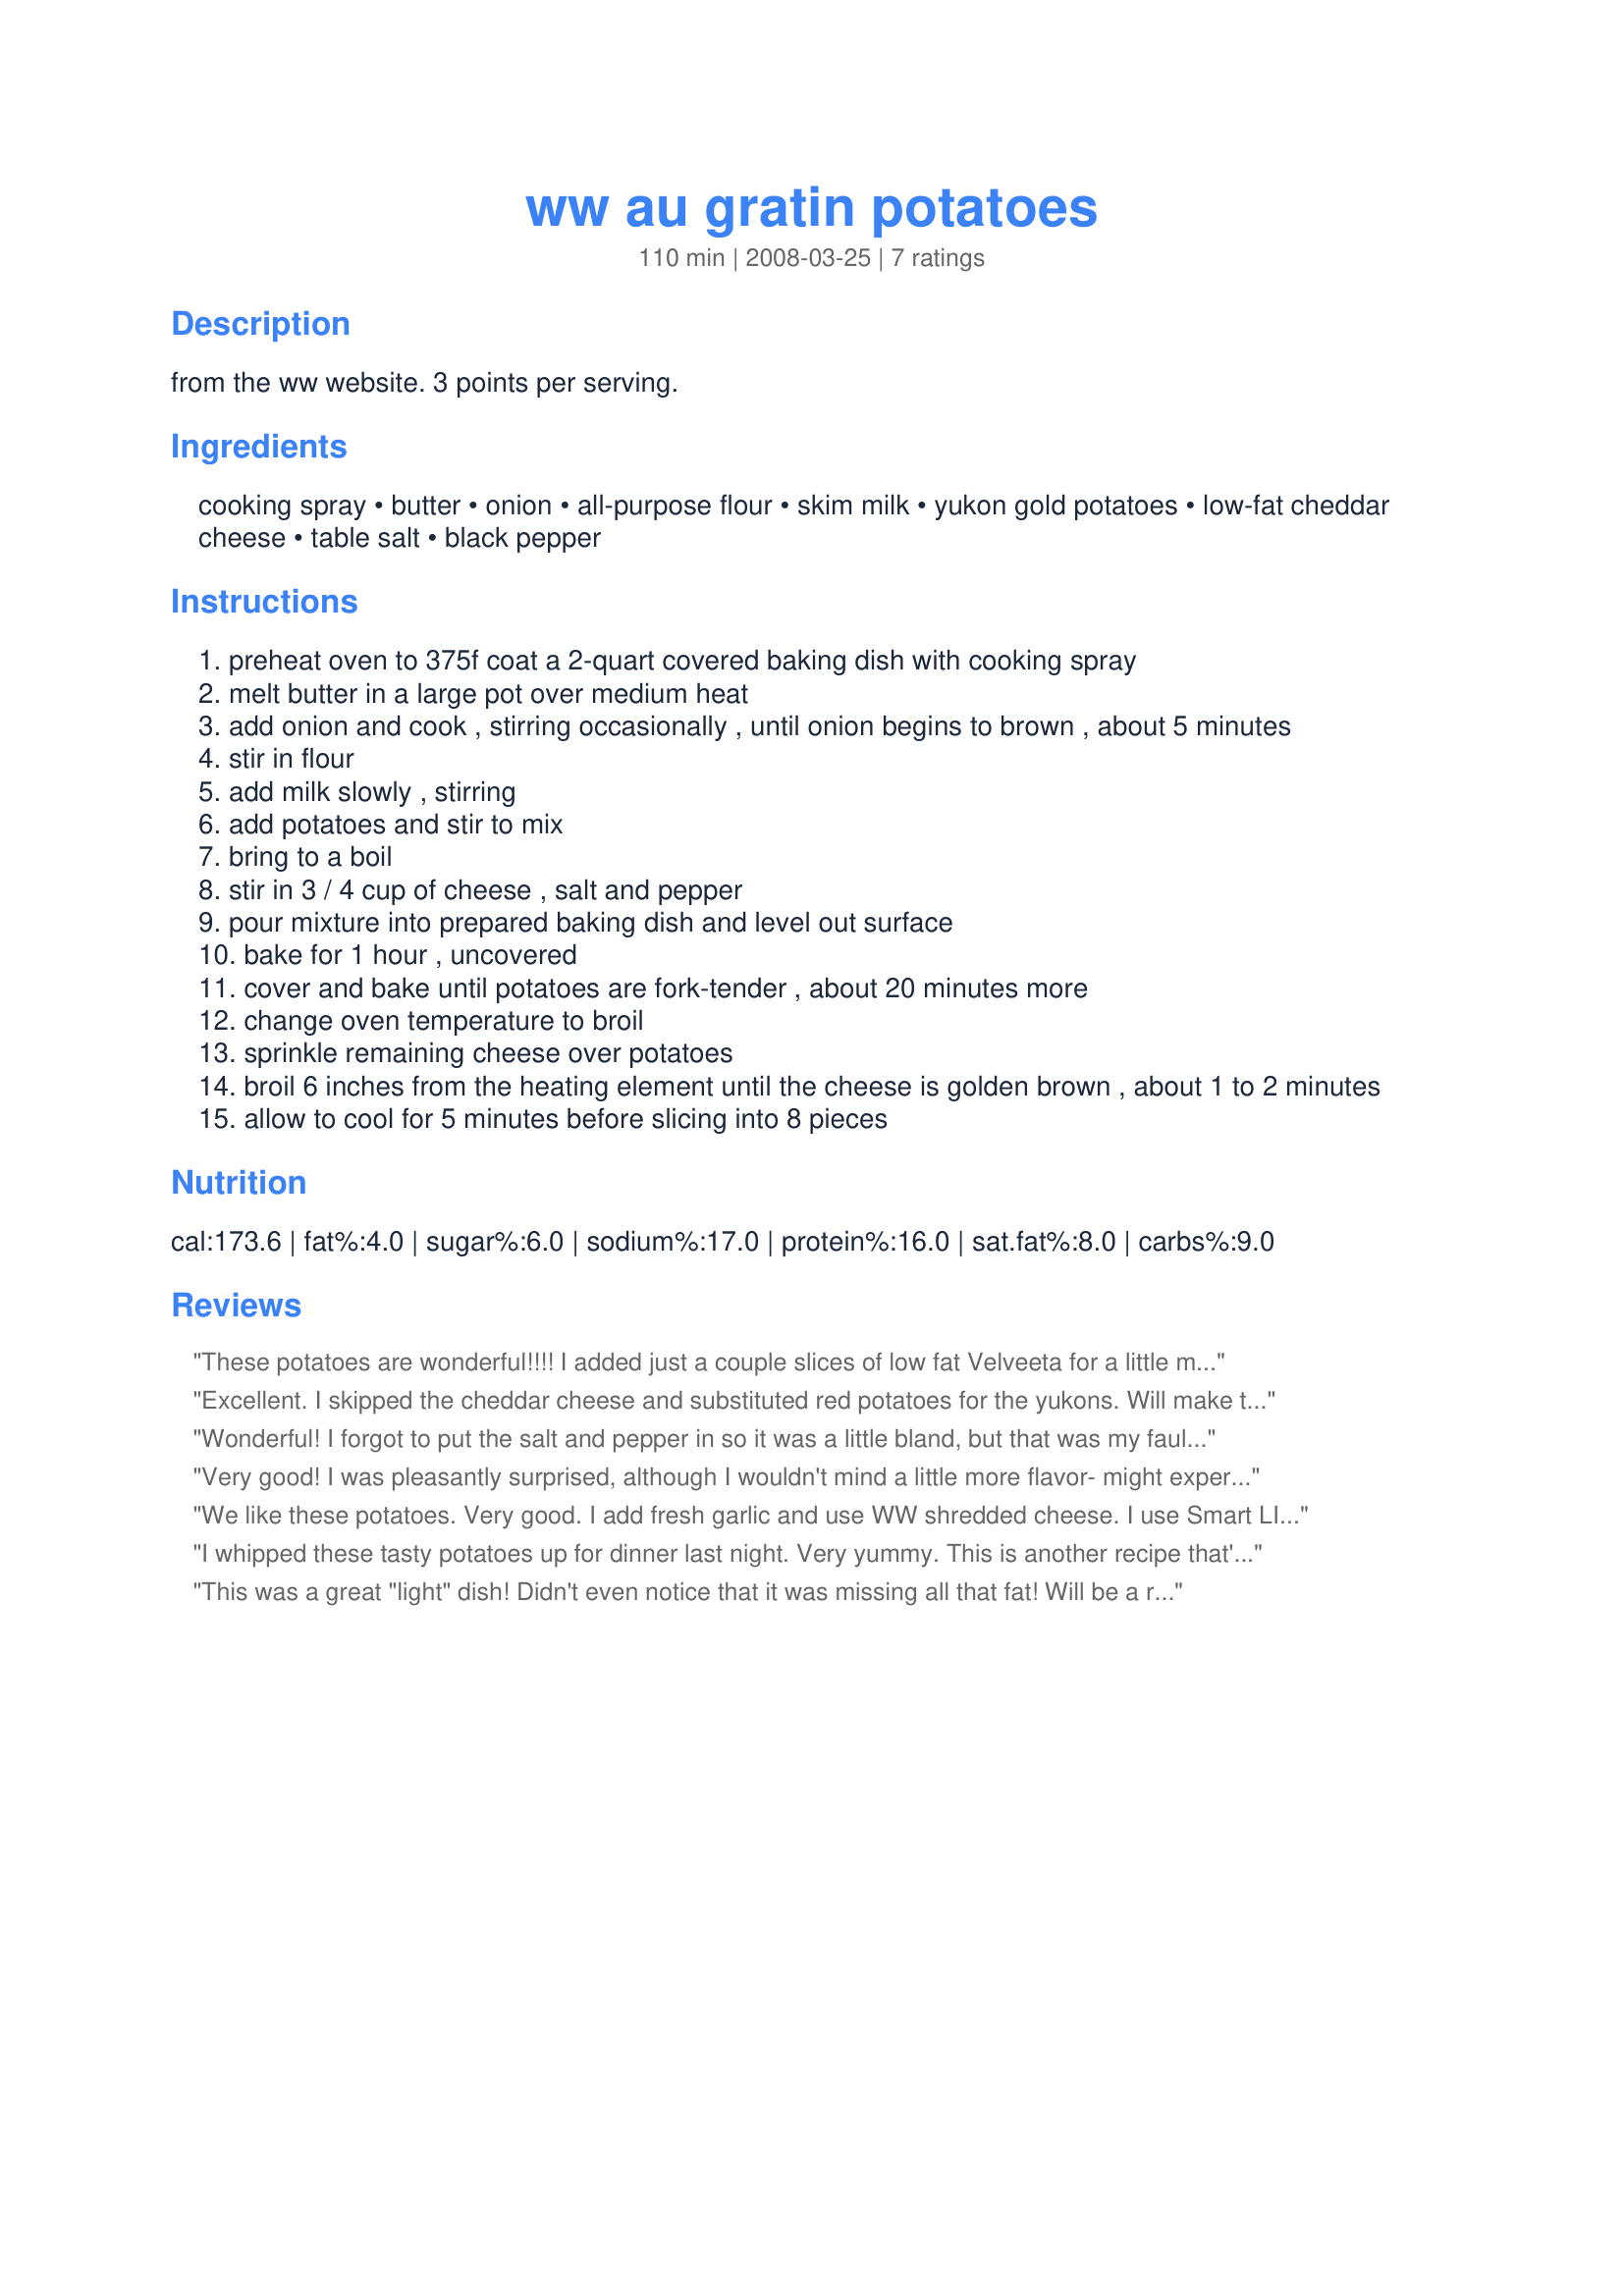
ww au gratin potatoes
Preparation time: 110 minutes

from the ww website. 3 points per serving.

Ingredients:
cooking spray, butter, onion, all-purpose flour, skim milk, yukon gold potatoes, low-fat cheddar cheese, table salt, black pepper

Steps:
preheat oven to 375f coat a 2-quart covered baking dish with cooking spray
melt butter in a large pot over medium heat
add onion and cook , stirring occasionally , until onion begins to brown , about 5 minutes
stir in flour
add milk slowly , stirring
add potatoes and stir to mix
bring to a boil
stir in 3 / 4 cup of cheese , salt and pepper
pour mixture into prepared baking dish and level out surface
bake for 1 hour , uncovered
cover and bake until potatoes are fork-tender , about 20 minutes more
change oven temperature to broil
sprinkle remaining cheese over potatoes
broil 6 inches from the heating element until the cheese is golden brown , about 1 to 2 minutes
allow to cool for 5 minutes before slicing into 8 pieces

Reviews:
These potatoes are wonderful!!!! I added just a couple slices of low fat Velveeta for a little more cheesiness (which increased the points a touch), but these potatoes were just as good as the full fat version!! A little time consuming... but DEFINITELY worth the time... anxious to make again!!!!!!
Excellent. I skipped the cheddar cheese and substituted red potatoes for the yukons. Will make this again soon.
Wonderful! I forgot to put the salt and pepper in so it was a little bland, but that was my fault. I will definately make again. Unfortunately, my 6 yo didn't like it, which took me by surprise, but that won't stop me from making it for myself and DH. Thanks!
Very good! I was pleasantly surprised, although I wouldn't mind a little more flavor- might experiment with herbs and seasonings. I cut the sauce recipe in half for the two of us, and used 2 large potatoes.<br/>This kind of potato recipe rarely cooks thoroughly for me in the oven, so I let them boil for several minutes on the stove top, stirring constantly. Worked well; they were just tender enough later, after the specified baking time.
We like these potatoes. Very good. I add fresh garlic and use WW shredded cheese. I use Smart LIght in place of the butter and use 1% milk - just what we always have in the house. Snipped chives or chopped scallions are a great addition as well.
I whipped these tasty potatoes up for dinner last night. Very yummy. This is another recipe that's easy to serve where no one knows it's better for you. Taste just like the full fat version. I liked the process of making the white sauce and not just layering the potatoes with flour and pouring milk over it. This gave it a more rich taste. Made as posted. Thanks Holly for another keeper. :)
This was a great "light" dish! Didn't even notice that it was missing all that fat! Will be a repeat - thanks!
